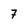
Character: 7